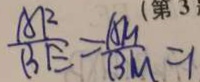
\frac { A F } { B E } = \frac { A M } { B M } = 1